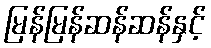
မြန်မြန်ဆန်ဆန်နှင့်